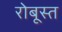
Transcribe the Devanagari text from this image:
रोबूस्त